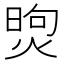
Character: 𤋗